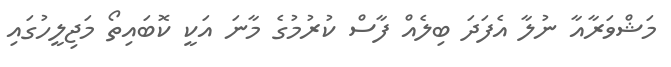
މަޝްވަރާއާ ނުލާ އެފަދަ ބިލެއް ފާސް ކުރުމުގެ މާނަ އަކީ ކޮބައިތޯ މަޖިލީހުގައި